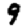
Digit: 9